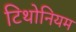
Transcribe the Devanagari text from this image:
टिथोनियम